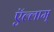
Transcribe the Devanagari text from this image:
ऍल्लाम्‌